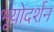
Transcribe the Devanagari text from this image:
भूयोदर्शन